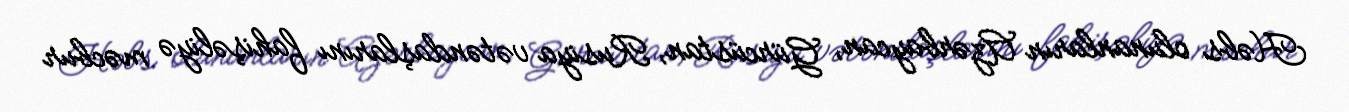
Həbs olunanların Azərbaycan, Gürcüstan, Rusiya vətəndaşlarını fahişəliyə məcbur